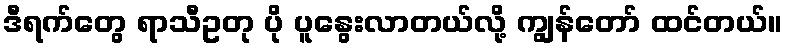
ဒီရက်တွေ ရာသီဥတု ပို ပူနွေးလာတယ်လို့ ကျွန်တော် ထင်တယ်။